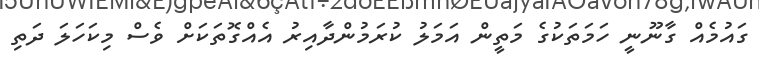
ގައުމެއް ގާނޫނީ ހަމަތަކުގެ މަތީން އަމަލު ކުރަމުންދާއިރު އެއްގޮތަކަށް ވެސް މިކަހަލަ ދަތި